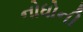
નોધોની